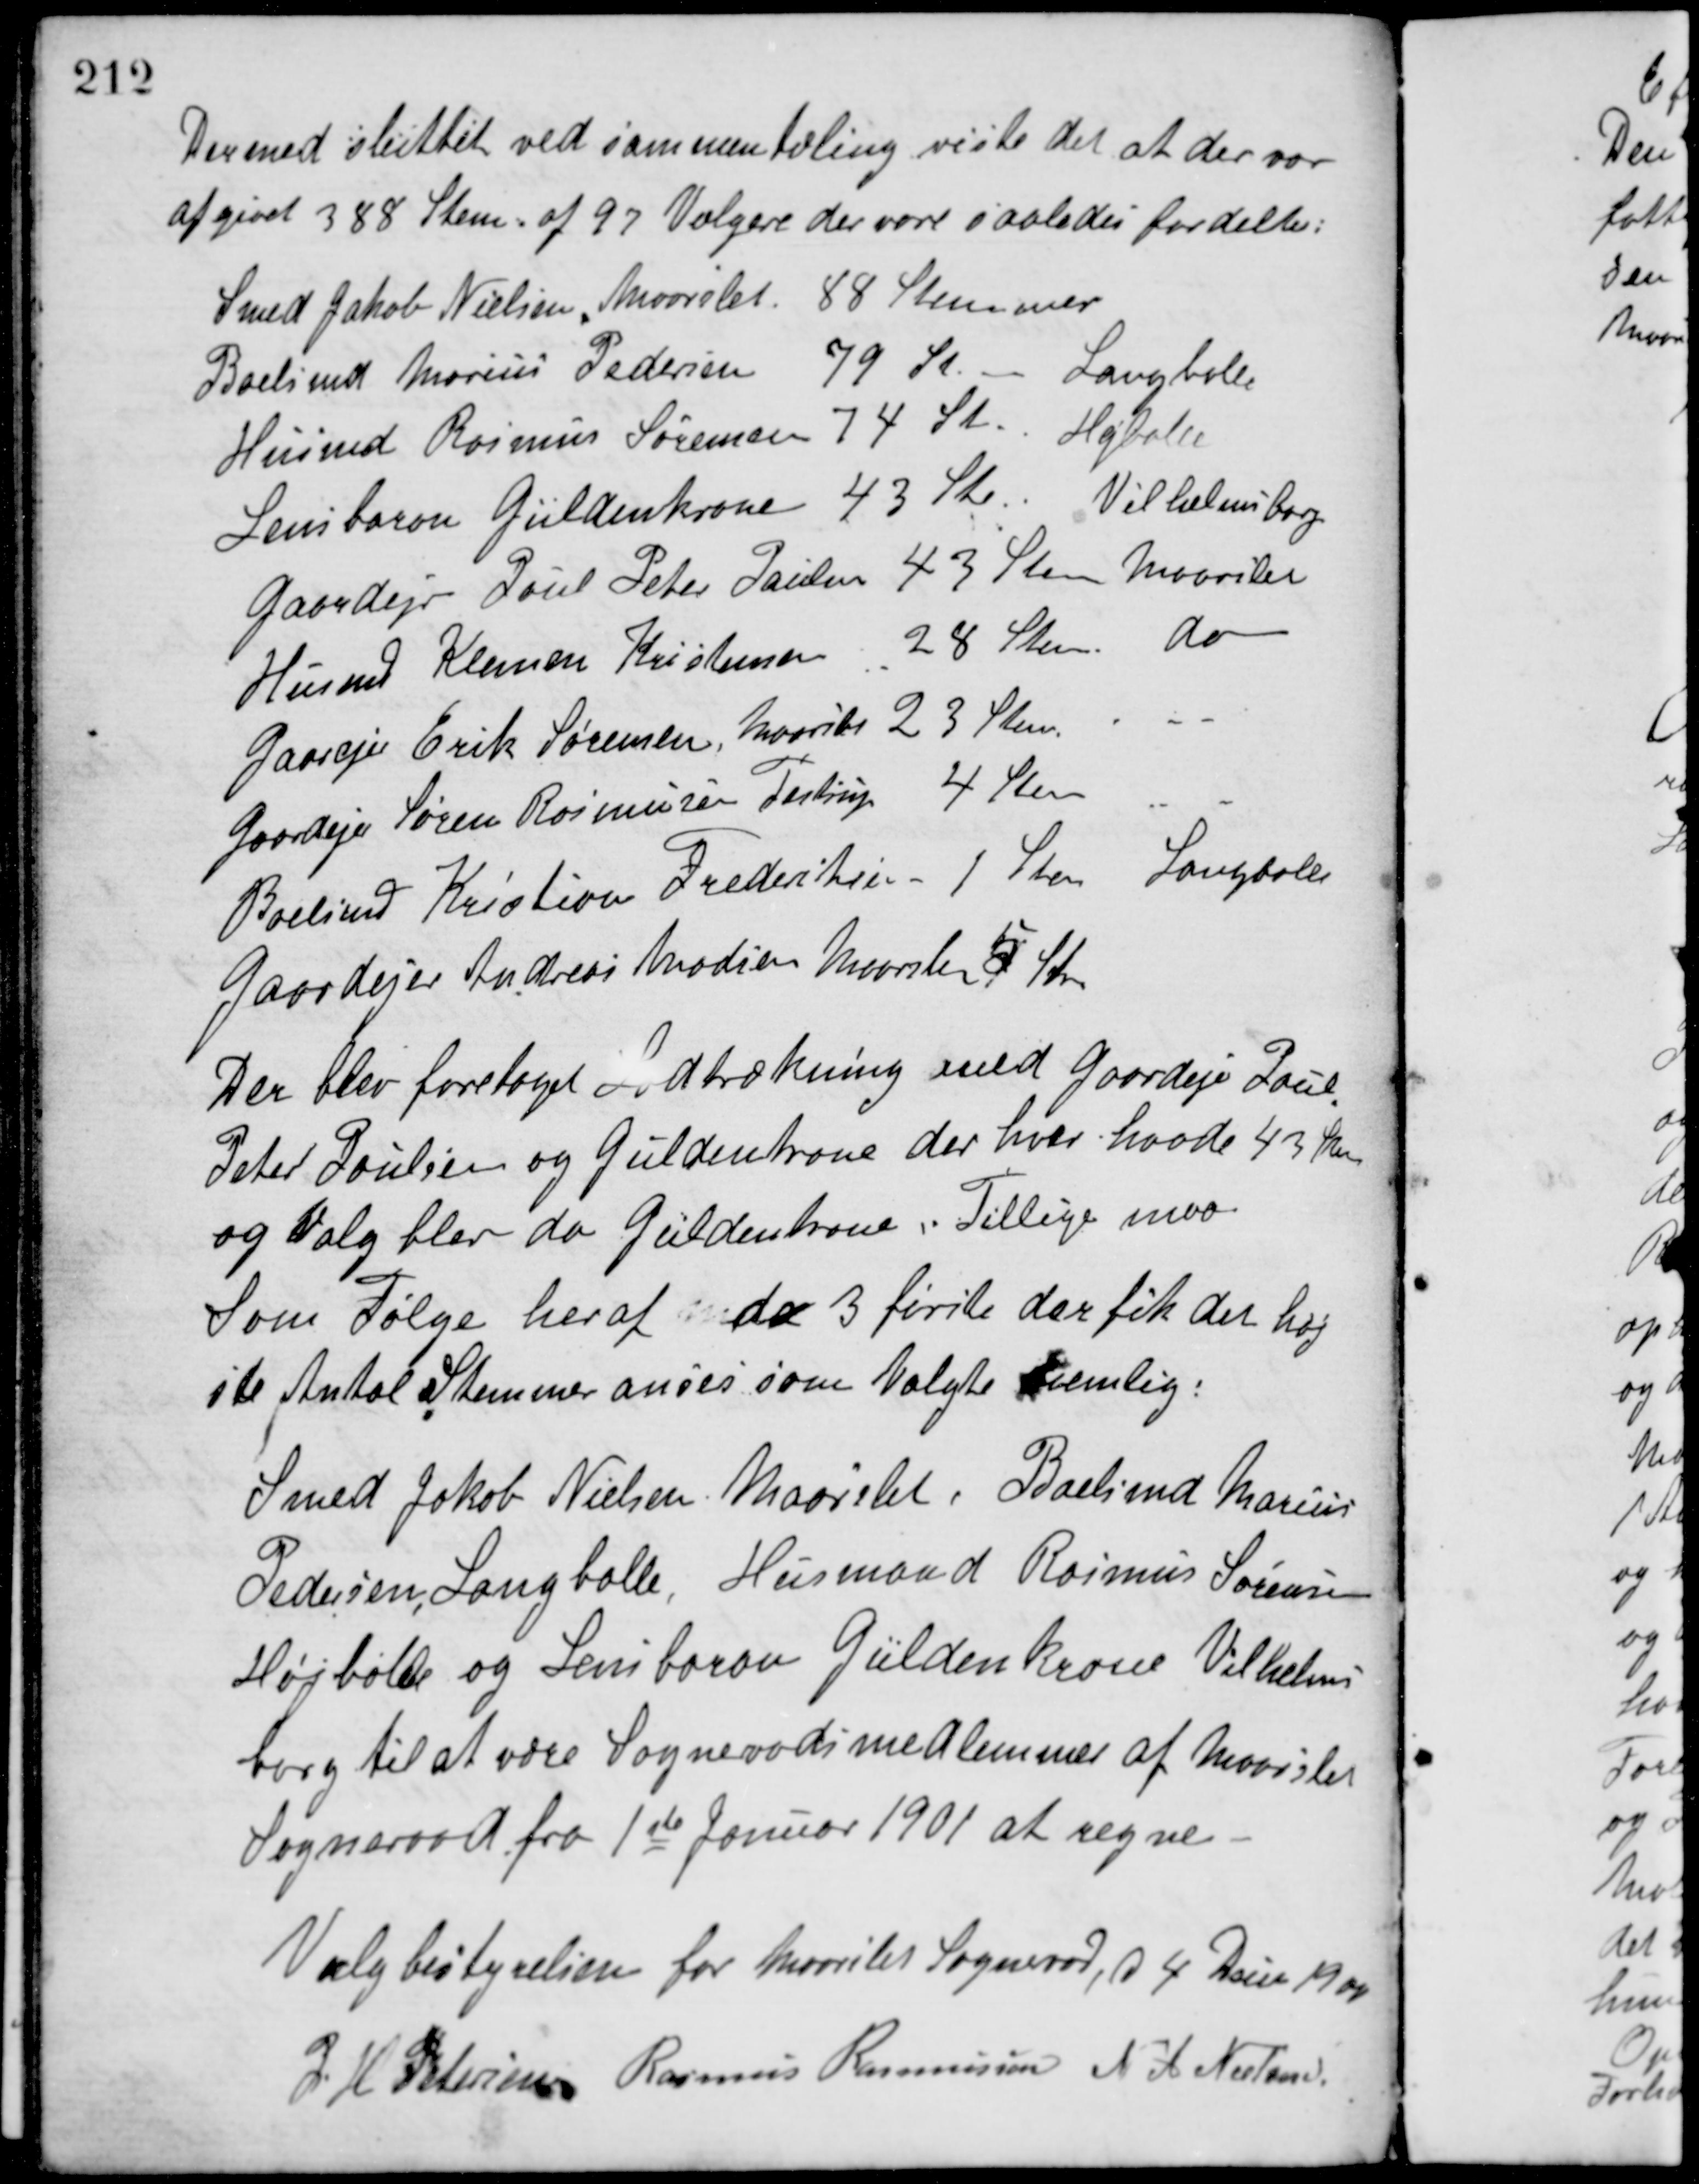
Transskription:
Dermed sluttet ved sammentæling viste det at der var
afgivet 388 Stem. af 97 Vælgere der vare saaledes fordelte:
Smed Jakob Nielsen, Maarslet 88 Stemmer
Boelsmd Marius Pedersen 79 St. Langballe
Husmd Rasmus Sørensen 74 St. Højballe
Lensbaron Güldenkrone 43 St. Vilhelmsborg
Gaardejer Poul Peter Paulsen 43 Stem Maarslet
Husmd Klemen Kristensen 28 Stem do
Gaardejer Erik Sørensen, Maarslet 23 Stem
Gaardejer Søren Rasmussen Testrup 4 Stem
Boelsmd Kristian Frederiksen  1 Stem Langballe
Gaardejer Andreas Madsen Maarslet 5 Ste
Der blev foretaget Lodtrækning med Gaardejer Paul
Peter Poulsen og Güldenkrone der hver havde 43 Stem
og Valg blev da Güldenkrone. Tillige maa
Som Følge heraf de 3 første der fik det høj-
ste Antal Stemmer anses som Valgte nemlig:
Smed Jakob Nielsen, Maarslet, Boelsmd Marius
Pedersen, Langballe, Husmand Rasmus Sørensen
Højballe og Lensbaron Güldenkrone Vilhelms-
borg til at være Sogneraadsmedlemmer af Maarslet
Sogneraad fra 1ste Januar 1901 at regne.
Valgbestyrelsen for Maarslet Sogneraad, d 4 Dec 1900
P H Petersen Rasmus Rasmussen N A Nielsen